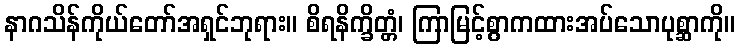
နာဂသိန်ကိုယ်တော်အရှင်ဘုရား။ စိရနိက္ခိတ္တံ၊ ကြာမြင့်စွာကထားအပ်သောပုစ္ဆာကို။